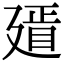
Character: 𢌫